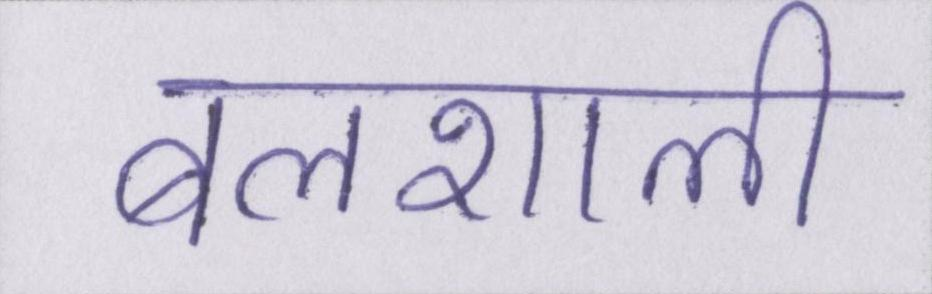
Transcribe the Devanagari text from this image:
बलशाली